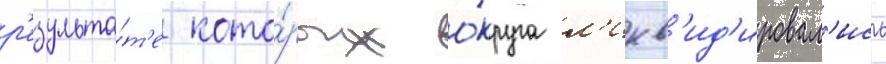
р'езульта́т'е кото́рых о́круга л'икв'ид'ировал'ись